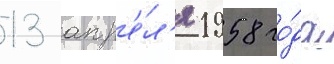
13 апр'е́л'я 1958 го́да